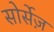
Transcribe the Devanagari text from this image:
सोर्सेज़